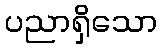
ပညာရှိသော